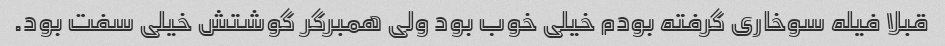
قبلا فیله سوخاری گرفته بودم خیلی خوب بود ولی همبرگر گوشتش خیلی سفت بود.